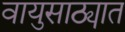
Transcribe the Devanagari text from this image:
वायुसाठ्यात